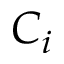
C _ { i }